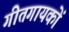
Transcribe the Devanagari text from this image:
गीतगायकों